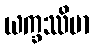
ယက္ခဿိမာ